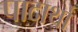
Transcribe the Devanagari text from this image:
पादार्थों